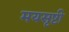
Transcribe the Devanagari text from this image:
मयसृष्टी